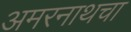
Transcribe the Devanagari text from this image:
अमरनाथचा